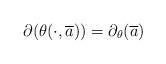
LaTeX: \begin{align*}\partial(\theta(\cdot, \overline{a}))=\partial_{\theta}(\overline{a})\end{align*}